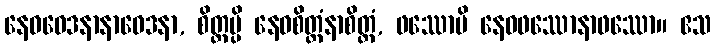
နေဝဝေဒနာနာဝေဒနာ, စိတ္တမ္ပိ နေဝစိတ္တံနာစိတ္တံ, ဖဿောပိ နေဝဖဿောနာဖဿော။ ဧသ